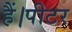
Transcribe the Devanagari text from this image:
हैं।पीटर